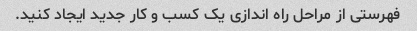
فهرستی از مراحل راه اندازی یک کسب و کار جدید ایجاد کنید.